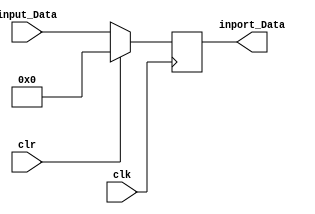
module inport(
    input clk, clr,
    input wire [31:0] input_Data,
    output wire [31:0] inport_Data);

reg [31:0] tempData;
initial tempData = 32'h0;

always @(posedge clk) 
begin
    if (clr) tempData <= {32{1'b0}};
    else tempData <= input_Data;
end

assign inport_Data = tempData[31:0];

endmodule